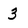
Character: 3